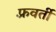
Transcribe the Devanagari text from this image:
फ़्रवर्ती